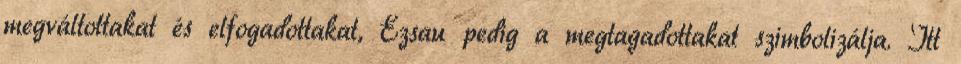
megváltottakat és elfogadottakat, Ézsau pedig a megtagadottakat szimbolizálja. Itt